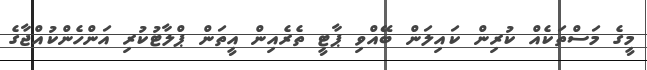
މީގެ މަސްތަކެއް ކުރިން ކައިލަން ބޭއްވި ޕާޓީ ތެރެއިން އީތަން ޕްލާޓުކުރި އަންހެންކުއްޖާގެ